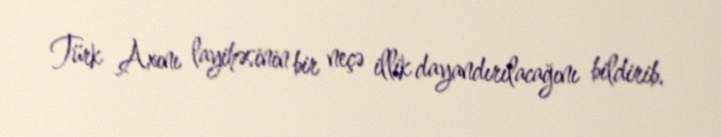
Türk Axını layihəsinin bir neçə illik dayandırılacağını bildirib.